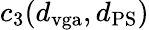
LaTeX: c_{3}(d_{\mathrm{vga}},d_{\mathrm{PS}})